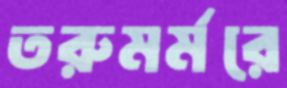
তরুমর্মরে